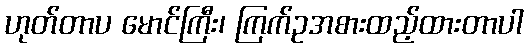
ဟုတ်တာပ မောင်ကြီး၊ ကြက်ဥအစားထည့်ထားတာပါ